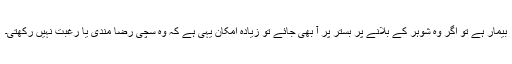
بیمار ہے تو اگر وہ شوہر کے بلانے پر بستر پر آ بھی جائے تو زیادہ امکان یہی ہے کہ وہ سچی رضا مندی یا رغبت نہیں رکھتی۔